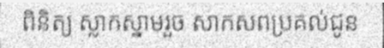
ពិនិត្យ ស្លាកស្នាមរួច សាកសពប្រគល់ជូន